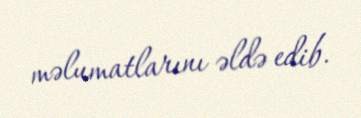
məlumatlarını əldə edib.